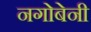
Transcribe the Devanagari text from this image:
नगोबेनी